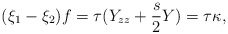
\begin{align*} ( \xi_1 - \xi_2) f = \tau (Y_{zz}+\frac{s}{2} Y) = \tau \kappa, \end{align*}